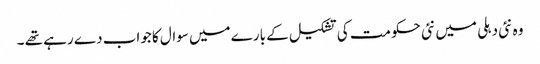
وہ نئی دہلی میں نئی حکومت کی تشکیل کے بارے میں سوال کا جواب دے رہے تھے ۔